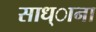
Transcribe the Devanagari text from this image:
साध्ाना